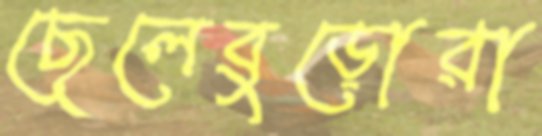
ছেলেবুড়োরা